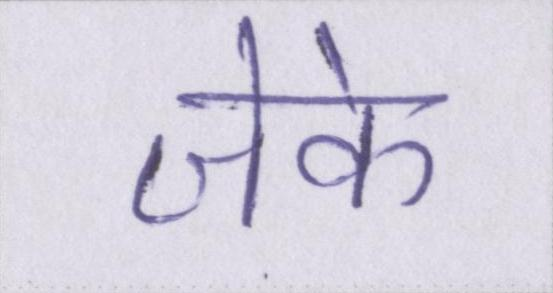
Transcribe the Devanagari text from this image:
जेके